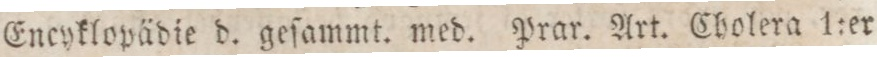
Encyklopädie d. geſammt. med. Prar. Art. Cholera 1:er